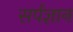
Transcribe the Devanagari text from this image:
सर्पज्ञान